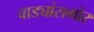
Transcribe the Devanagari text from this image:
वाड्यांसमोर